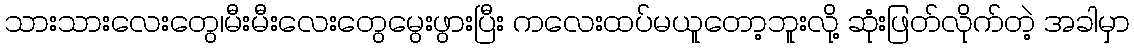
သားသားလေးတွေ၊မီးမီးလေးတွေမွေးဖွားပြီး ကလေးထပ်မယူတော့ဘူးလို့ ဆုံးဖြတ်လိုက်တဲ့ အခါမှာ